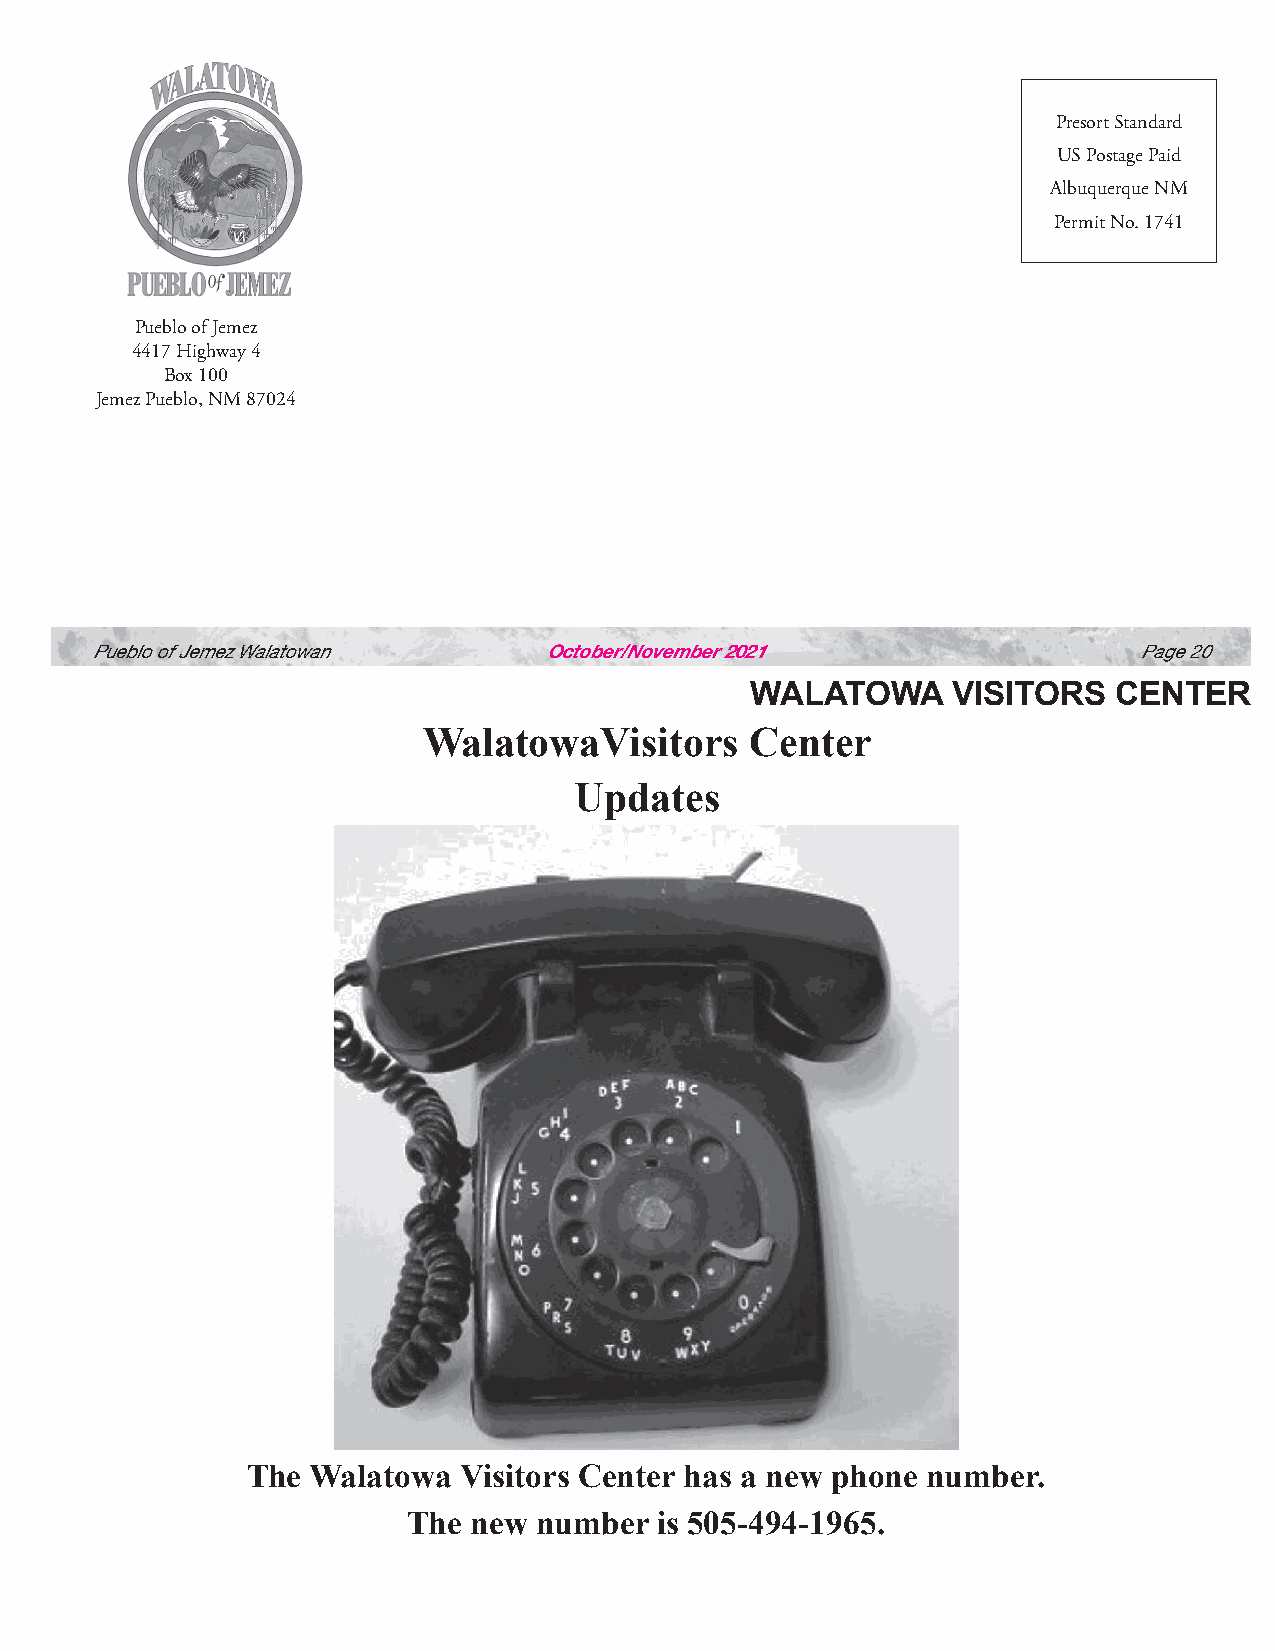
Presort Standard
 US Postage Paid
 Albuquerque NM
 Permit No. 1741
 Pueblo of Jemez
 4417 Highway 4
 Box 100
 Jemez Pueblo, NM 87024
 Pueblo of Jemez Walatowan     October/November 2021                  Page 20
 WALATOWA     VISITORS   CENTER
 WalatowaVisitors      Center
 Updates
 The  Walatowa Visitors Center has a new phone number.
 The new  number  is 505-494-1965.